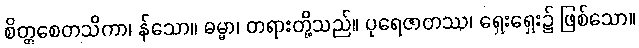
စိတ္တစေတသိကာ၊ န်သော။ ဓမ္မာ၊ တရားတို့သည်။ ပုရေဇာတဿ၊ ရှေးရှေး၌ ဖြစ်သော။